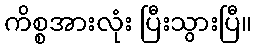
ကိစ္စအားလုံး ပြီးသွားပြီ။